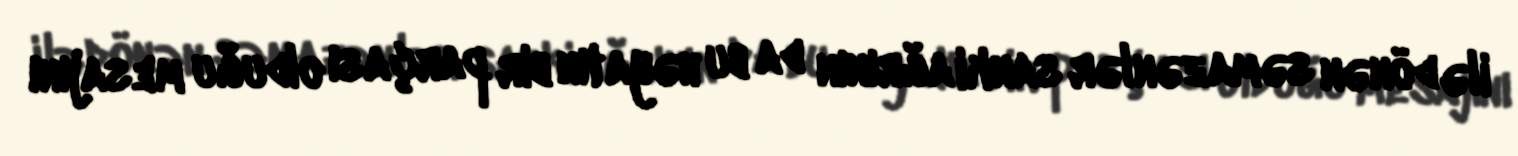
ilə dönən səmazənlər sanki ağrının da bu həyatın bir parçası olduğu mesajını